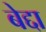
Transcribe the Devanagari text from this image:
बेद्दा